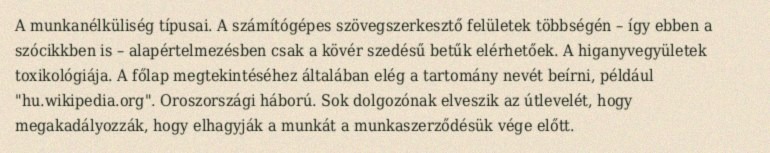
A munkanélküliség típusai. A számítógépes szövegszerkesztő felületek többségén – így ebben a szócikkben is – alapértelmezésben csak a kövér szedésű betűk elérhetőek. A higanyvegyületek toxikológiája. A főlap megtekintéséhez általában elég a tartomány nevét beírni, például "hu.wikipedia.org". Oroszországi háború. Sok dolgozónak elveszik az útlevelét, hogy megakadályozzák, hogy elhagyják a munkát a munkaszerződésük vége előtt.